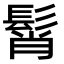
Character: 髾